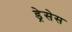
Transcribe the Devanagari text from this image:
ड्रेसेस